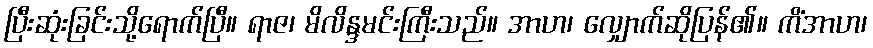
ပြီးဆုံးခြင်းသို့ရောက်ပြီ။ ရာဇ၊ မိလိန္ဒမင်းကြီးသည်။ အာဟ၊ လျှောက်ဆိုပြန်၏။ ကိံအာဟ၊